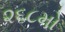
૨૬૮મો